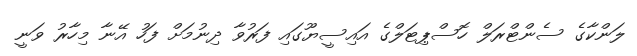
ލަންކާގެ ސެންޓްރަލް ހޮސްޕިޓަލްގެ އައިސީޔޫގައި ފަރުވާ ދިނުމަށް ފަހު އޭނާ މިހާރު ވަނީ